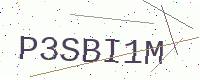
Text: P3SBI1M